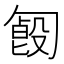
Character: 𠣿